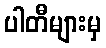
ပါတီများမှ